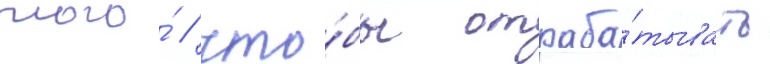
того́ / что́бы отраба́тывать